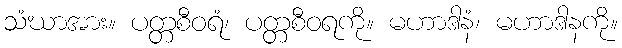
သံဃာအား။ ပတ္တစီဝရံ၊ ပတ္တစီဝရကို။ မဟာဒါနံ၊ မဟာဒါနကို။